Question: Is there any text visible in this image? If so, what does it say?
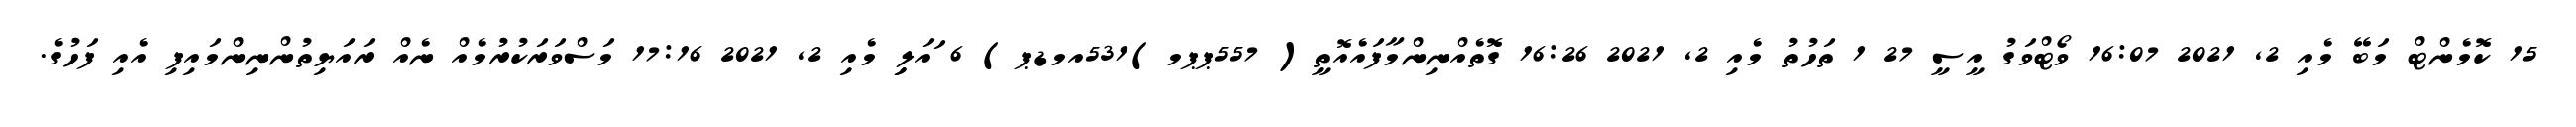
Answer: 15 ކޮމެންޓް މަބޭ މެއި 2, 2021 16:07 ވޯޓްވަގު އީސީ 27 1 ތަހުތު މެއި 2, 2021 16:26 ގޮތެއްނިންމާފައެއޮތީ( 557ޕޕމ)531އމޑޕ) 6 ައަލިި މެއި 2, 2021 17:16 މަސްވަރަކުރުމެއް ނެއް ރައަޔިތުންނިންމައިފި އެއި ފަހުގެ.